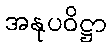
အနုပဝိဋ္ဌာ